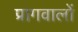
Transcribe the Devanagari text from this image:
प्रागवालों